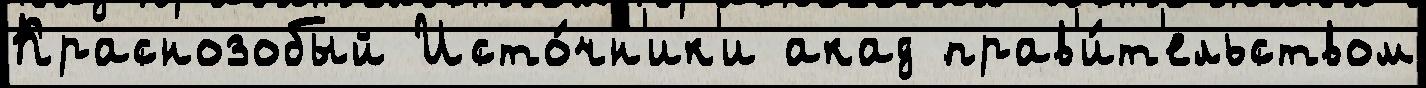
Краснозобый Исто́чн'ик'и акад прав'и́т'ельством